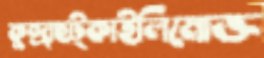
কুন্দ্রাছট্‌কাইলিমোক্ত